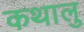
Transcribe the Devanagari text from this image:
कथालु